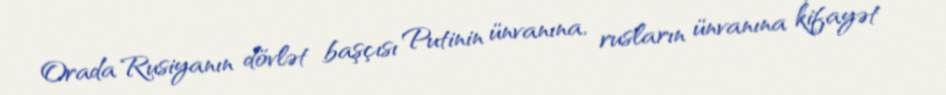
Orada Rusiyanın dövlət başçısı Putinin ünvanına, rusların ünvanına kifayət